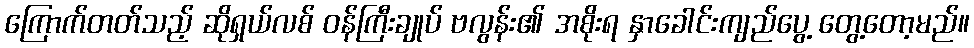
ကြောက်တတ်သည့် ဆိုရှယ်လစ် ဝန်ကြီးချုပ် ဗလွန်း၏ အစိုးရ နှာခေါင်းကျည်ပွေ့ တွေ့တော့မည်။